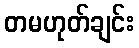
တမဟုတ်ချင်း